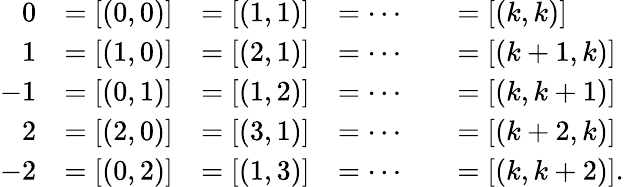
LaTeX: {\begin{array}{rlrlrl}{0}&{=[(0,0)]}&{=[(1,1)]}&{=\cdots}&&{=[(k,k)]}\\ {1}&{=[(1,0)]}&{=[(2,1)]}&{=\cdots}&&{=[(k+1,k)]}\\ {-1}&{=[(0,1)]}&{=[(1,2)]}&{=\cdots}&&{=[(k,k+1)]}\\ {2}&{=[(2,0)]}&{=[(3,1)]}&{=\cdots}&&{=[(k+2,k)]}\\ {-2}&{=[(0,2)]}&{=[(1,3)]}&{=\cdots}&&{=[(k,k+2)].}\end{array}}